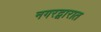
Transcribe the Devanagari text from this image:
नगरद्वारात